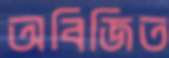
অবিজিত